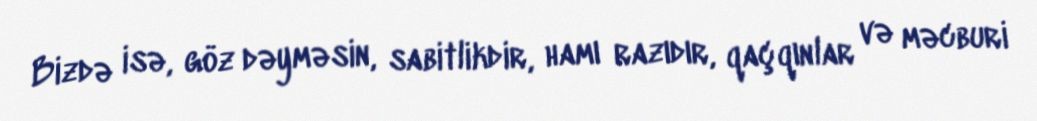
Bizdə isə, göz dəyməsin, sabitlikdir, hamı razıdır, qaçqınlar və məcburi